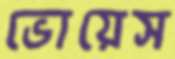
ভোয়েস